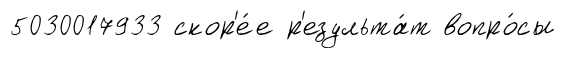
5030017933 скор'е́е р'езульта́т вопро́сы